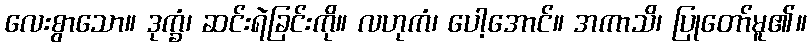
လေးစွာသော။ ဒုက္ခံ၊ ဆင်းရဲခြင်းကို။ လဟုကံ၊ ပေါ့အောင်။ အကာသိ၊ ပြုတော်မူ၏။